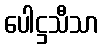
ပေါဋ္ဌသီသာ